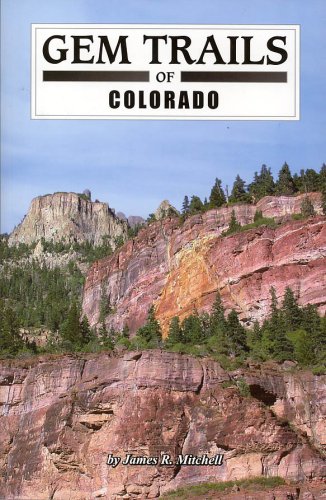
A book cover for Gem Trails of Colorado; James R Mitchell; Science & Math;